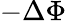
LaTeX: -\Delta\Phi